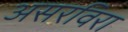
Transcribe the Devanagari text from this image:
असरविरा